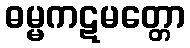
ဓမ္မကဋမတ္တော